Civil Veterinary Department. Central Provinces & Berar 1932-41 - 1932-1941
Year: 1932
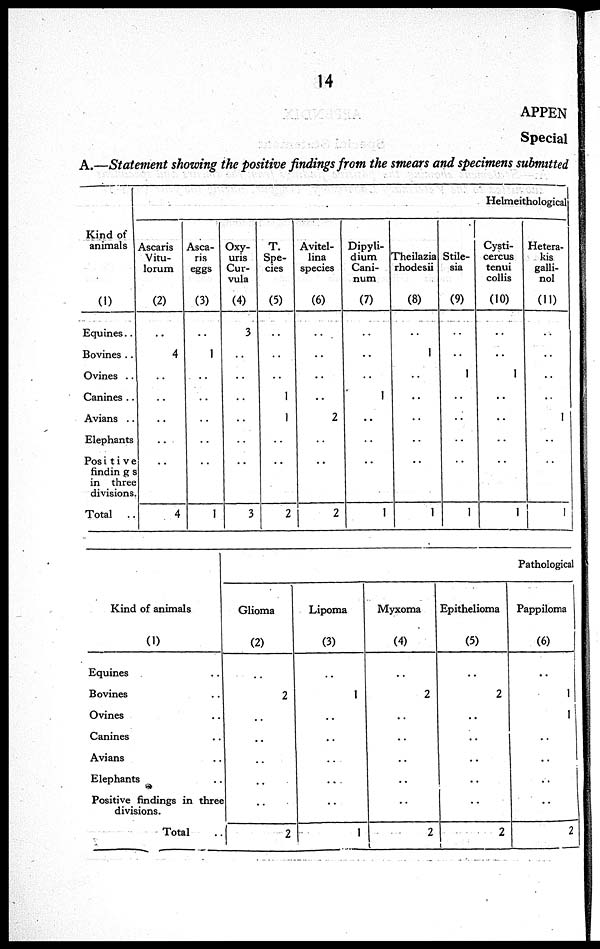
14
APPEN
Special
A.—Statement showing the positive findings from the smears and specimens submitted
Kind of
animals
(1)
Equines. .
Bovines . .
Ovines . .
Canines ..
Avians . .
Elephants
Positive
findings
in three
divisions.
Total
Helmeithological
Ascaris
Vitu-
lorum
(2)
..
4
..
..
..
..
..
4
Asca-
ris
eggs
(3)
..
1
..
..
..
..
..
1
Oxy-
uns
Cur-
vula
(4)
3
..
..
..
..
..
..
3
T.
Spe-
cies
(5)
..
..
..
1
1
..
..
2
Avitel-
lina
species
(6)
..
..
..
..
2
..
..
2
Dipyli-
dium
Cani-
num
(7)
..
..
..
1
..
..
..
1
Theilazia
rhodesii
(8)
..
1
..
..
..
..
..
1
Stile-
sia
(9)
..
..
1
..
..
..
..
1
Cysti-
cercus
tenui
collis
(10)
..
..
1
..
..
..
..
1
Hetera-
kis
galli-
nol
(11)
..
..
..
..
1
..
..
1
Kind of animals
(1)
Equines
Bovines
Ovines
Canines
Avians
Elephants
Positive findings in three
divisions.
Total
Pathological
Glioma
(2)
..
2
..
..
..
..
..
2
Lipoma
(3)
..
1
..
..
..
..
..
1
Myxoma
(4)
..
2
..
..
..
..
..
2
Epithelioma
(5)
..
2
..
..
..
..
..
2
Pappiloma
(6)
..
1
1
..
..
..
..
2